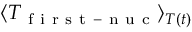
\langle T _ { \mathrm { ~ f ~ i ~ r ~ s ~ t ~ - ~ n ~ u ~ c ~ } } \rangle _ { T ( t ) }